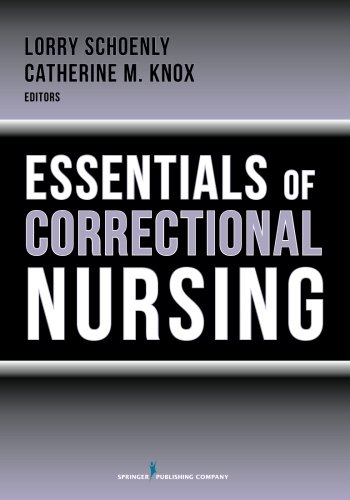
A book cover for Essentials of Correctional Nursing; Medical Books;